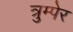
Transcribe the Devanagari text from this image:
त्रुम्पेर